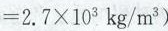
$$=2.7 \times 10 ^ { 3}kg/m ^ { 3}$$)